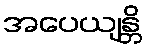
အပေယျန္တိ